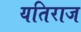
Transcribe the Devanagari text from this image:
यतिराज